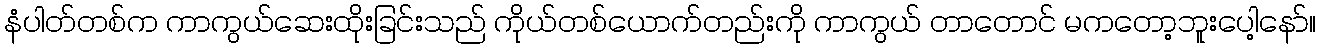
နံပါတ်တစ်က ကာကွယ်ဆေးထိုးခြင်းသည် ကိုယ်တစ်ယောက်တည်းကို ကာကွယ် တာတောင် မကတော့ဘူးပေါ့နော်။